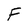
Character: F